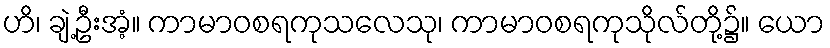
ဟိ၊ ချဲ့ဦးအံ့။ ကာမာဝစရကုသလေသု၊ ကာမာဝစရကုသိုလ်တို့၌။ ယော